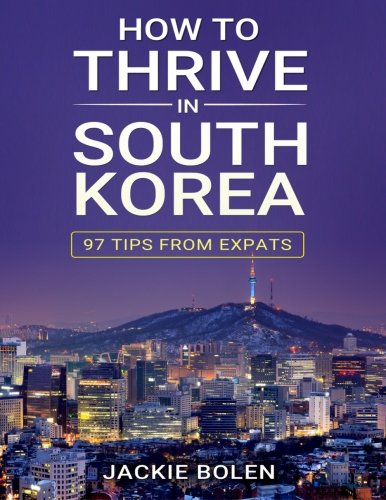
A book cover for How to Thrive in South Korea: 97 Tips from Expats; Jackie Bolen; Travel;